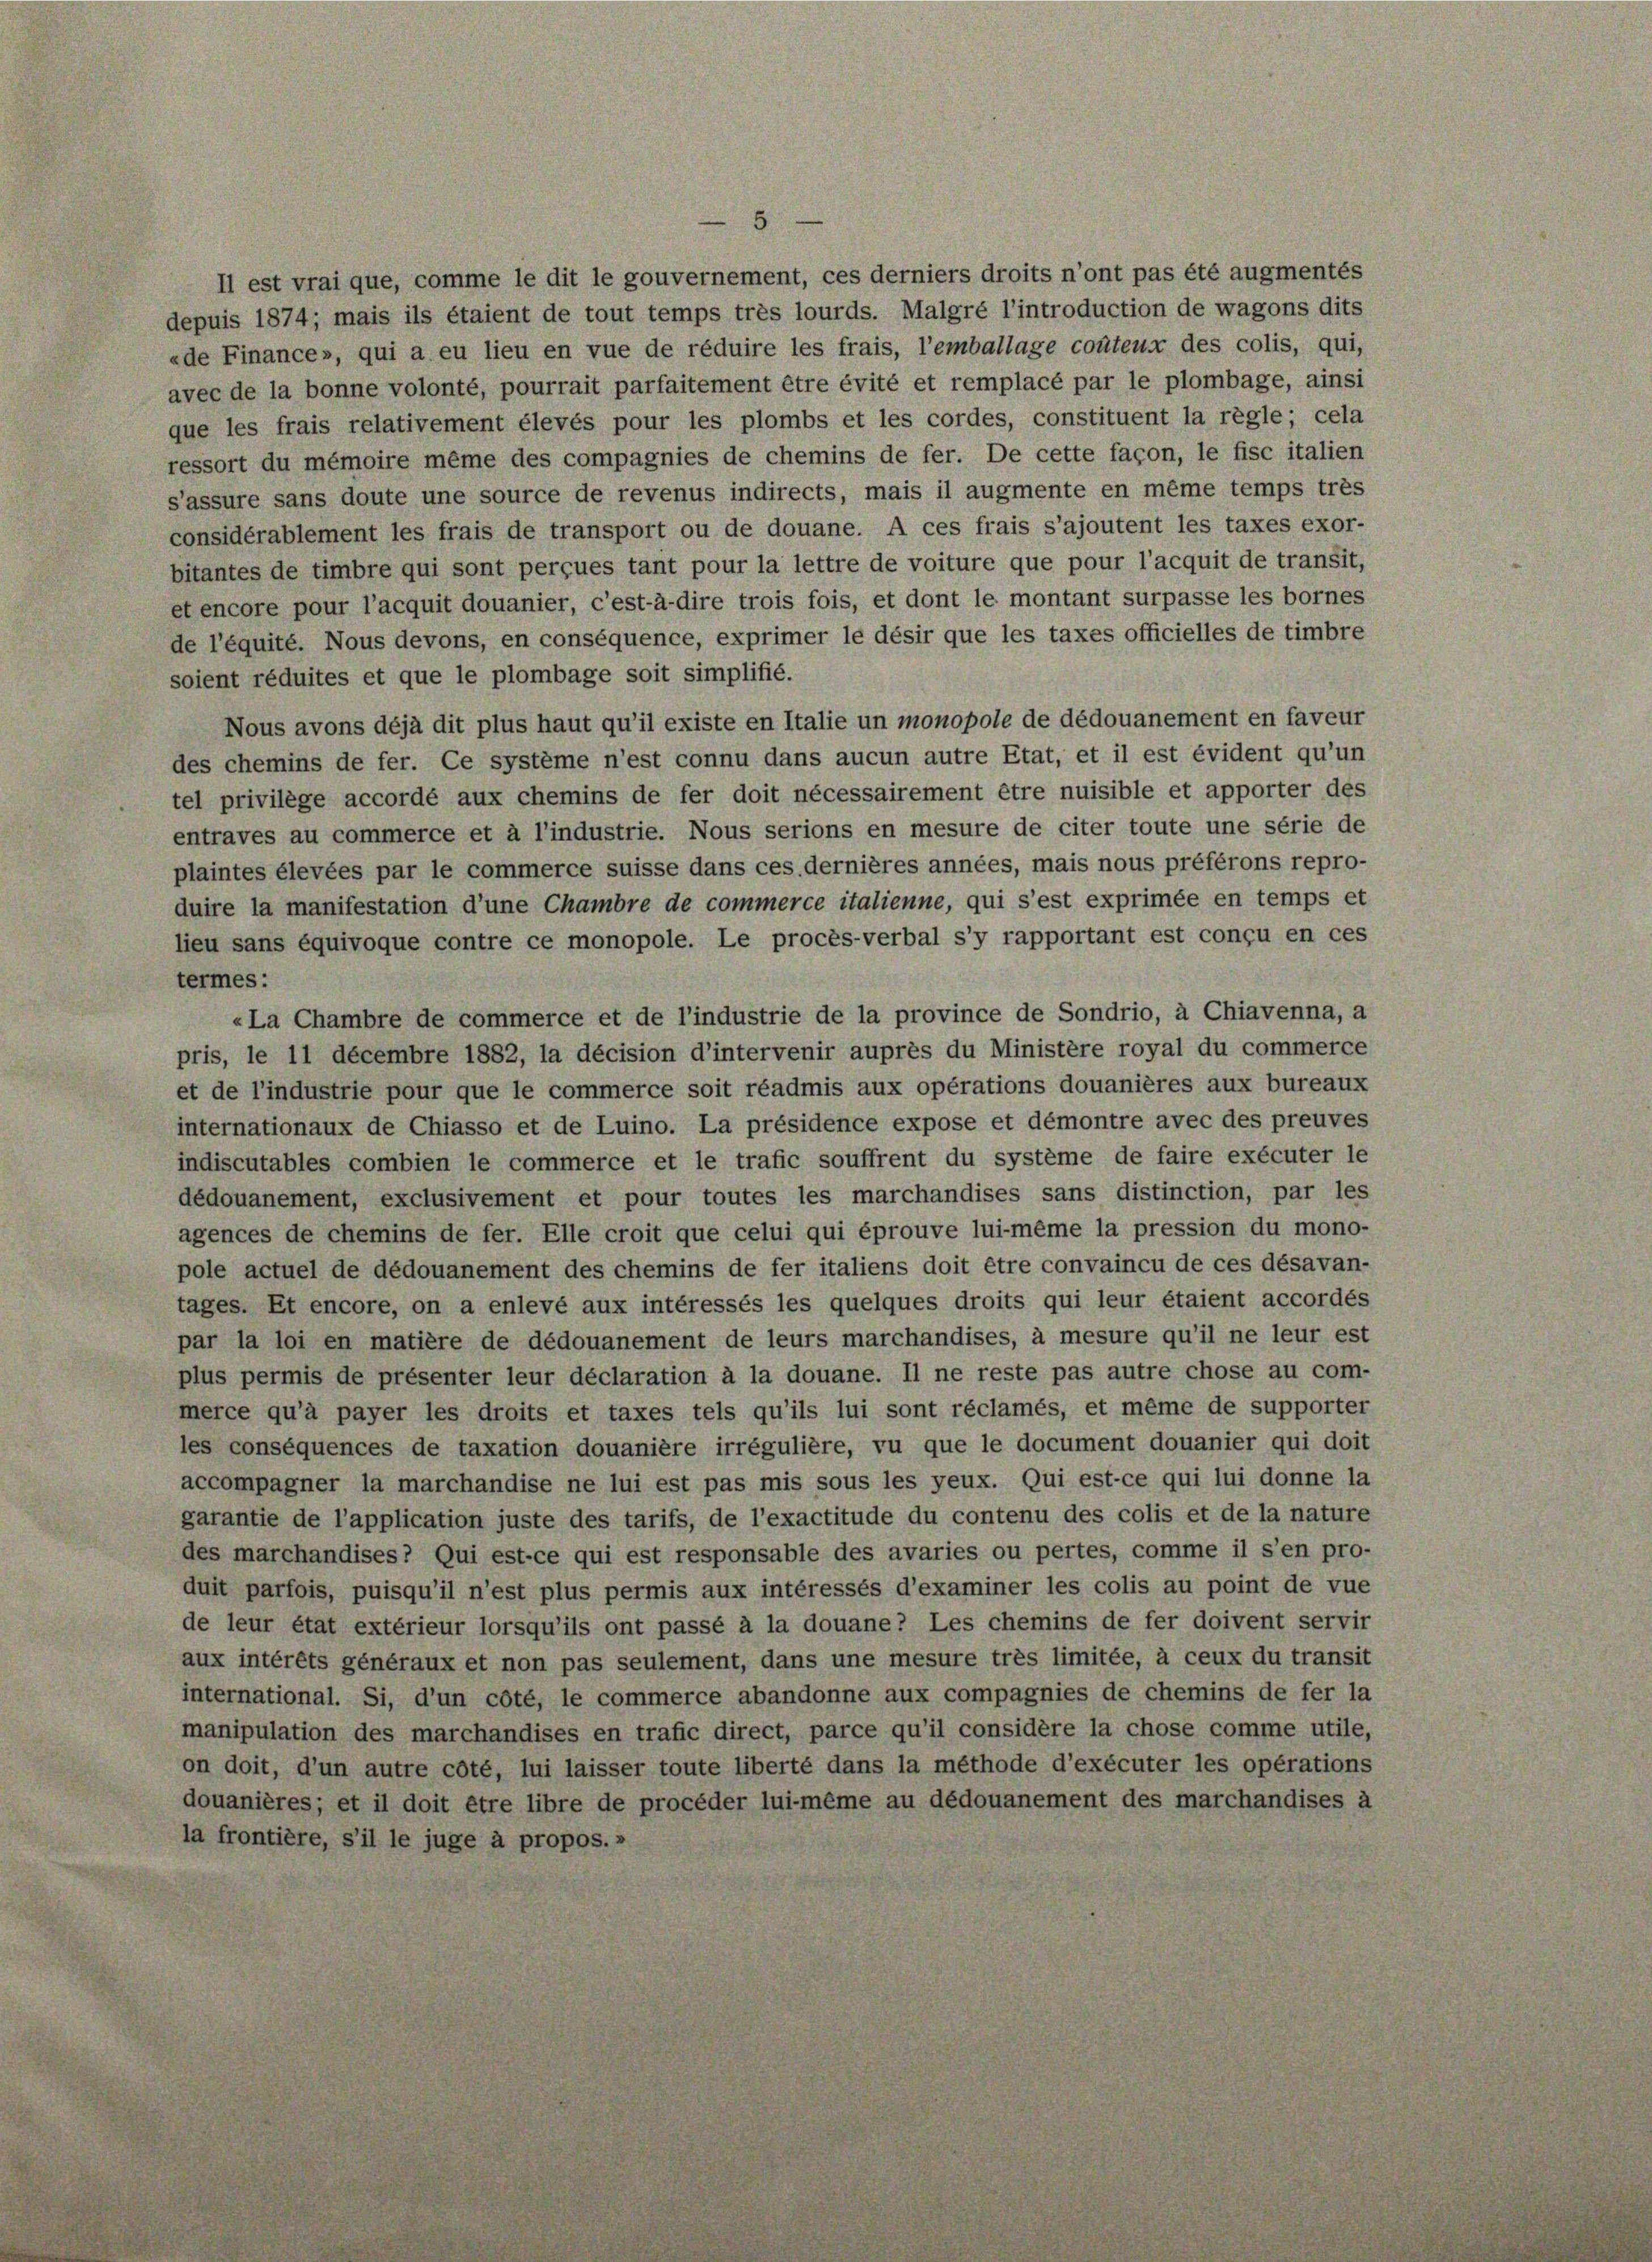
5
Il est vrai que, comme le dit le gouvernement, ces derniers droits n’ont pas été augmentés
depuis 1874; mais ils étaient de tout temps très lourds. Malgre l’introduction de wagons dits
«de Finance», qui a eu lieu en vue de réduire les frais, l’emballage conteur des colis, qui,
avec de la bonne volonté, pourrait parfaitement être évité et remplacé par le plombage, ainsi
que les frais relativement élevés pour les plombs et les cordes, constituent la règle; cela
ressort du mémoire même des compagnies de chemins de fer. De cette façon, le fisc italien
s’assure sans doute une source de revenus indirects, mais il augmente en même temps très
considérablement les frais de transport ou de douane. A ces frais s’ajoutent les taxes exor-
bitantes de timbre qui sont perçues tant pour la lettre de voiture que pour l’acquit de transit,
et encore pour l’acquit douanier, c’est-à-dire trois fois, et dont le montant surpasse les bornes
de l’équité. Nous devons, en conséquence, exprimer le désir que les taxes officielles de timbre
soient réduites et que le plombage soit simplifié.
Nous avons déjà dit plus haut qu’il existe en Italie un monopole de dédouanement en faveur
des chemins de fer. Ce système n’est connu dans aucun autre Etat, et il est évident qu’un
tel privilège accordé aux chemins de fer doit nécessairement être nuisible et apporter des
entraves au commerce et à l’industrie. Nous serions en mesure de citer toute une série de
plaintes élevées par le commerce suisse dans ces dernières années, mais nous préférons repro-
duire la manifestation d’une Chambre de commerce italienne, qui s’est exprimée en temps et
lieu sans équivoque contre ce monopole. Le procès-verbal s’y rapportant est conçu en ces
termes:
«La Chambre de commerce et de l’industrie de la province de Sondrio, à Chiavenna, a
pris, le 11 décembre 1882, la décision d’intervenir auprès du Ministère royal du commerce
et de l’industrie pour que le commerce soit réadmis aux opérations douanières aux bureaux
internationaux de Chiasso et de Luino. La présidence expose et démontre avec des preuves
indiscutables combien le commerce et le trafic souffrent du système de faire exécuter le
dédouanement, exclusivement et pour toutes les marchandises sans distinction, par les
agences de chemins de fer. Elle croit que celui qui éprouve lui-même la pression du mono-
pole actuel de dédouanement des chemins de fer italiens doit être convaincu de ces désavan-
tages. Et encore, on a enlevé aux intéressés les quelques droits qui leur étaient accordés
par la loi en matière de dédouanement de leurs marchandises, à mesure qu’il ne leur est
plus permis de présenter leur déclaration à la douane. Il ne reste pas autre chose au com-
merce qu’à payer les droits et taxes tels qu’ils lui sont réclamés, et même de supporter
les conséquences de taxation douanière irrégulière, vu que le document douanier qui doit
accompagner la marchandise ne lui est pas mis sous les yeux. Qui est-ce qui lui donne la
garantie de l’application juste des tarifs, de l’exactitude du contenu des colis et de la nature
des marchandises Qui est-ce qui est responsable des avaries ou pertes, comme il s’en pro-
duit parfois, puisqu’il n’est plus permis aux intéressés d’examiner les colis au point de vue
de leur état extérieur lorsqu’ils ont passé à la douane? Les chemins de fer doivent servir
aux intérêts généraux et non pas seulement, dans une mesure très limitée, à ceux du transit
international. Si, d’un côté, le commerce abandonne aux compagnies de chemins de fer la
manipulation des marchandises en trafic direct, parce qu’il considère la chose comme utile,
on doit, d’un autre côté, lui laisser toute liberté dans la methode d’exécuter les opérations
douanières; et il doit être libre de procéder lui-même au dédouanement des marchandises à
la frontière, s’il le juge à propos.»